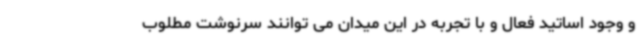
و وجود اساتید فعال و با تجربه در این میدان می توانند سرنوشت مطلوب